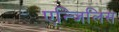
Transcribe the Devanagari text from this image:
एन्जिलिस